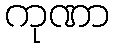
ကုဏာ